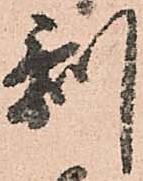
剰